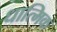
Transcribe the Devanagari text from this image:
धात्मिक